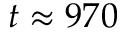
t \approx 9 7 0